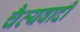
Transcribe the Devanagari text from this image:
चैत्यवादी